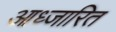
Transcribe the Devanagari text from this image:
आध्जारित